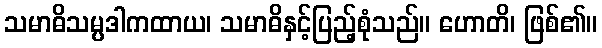
သမာဓိသမ္ပဒါကထာယ၊ သမာဓိနှင့်ပြည့်စုံသည်။ ဟောတိ၊ ဖြစ်၏။